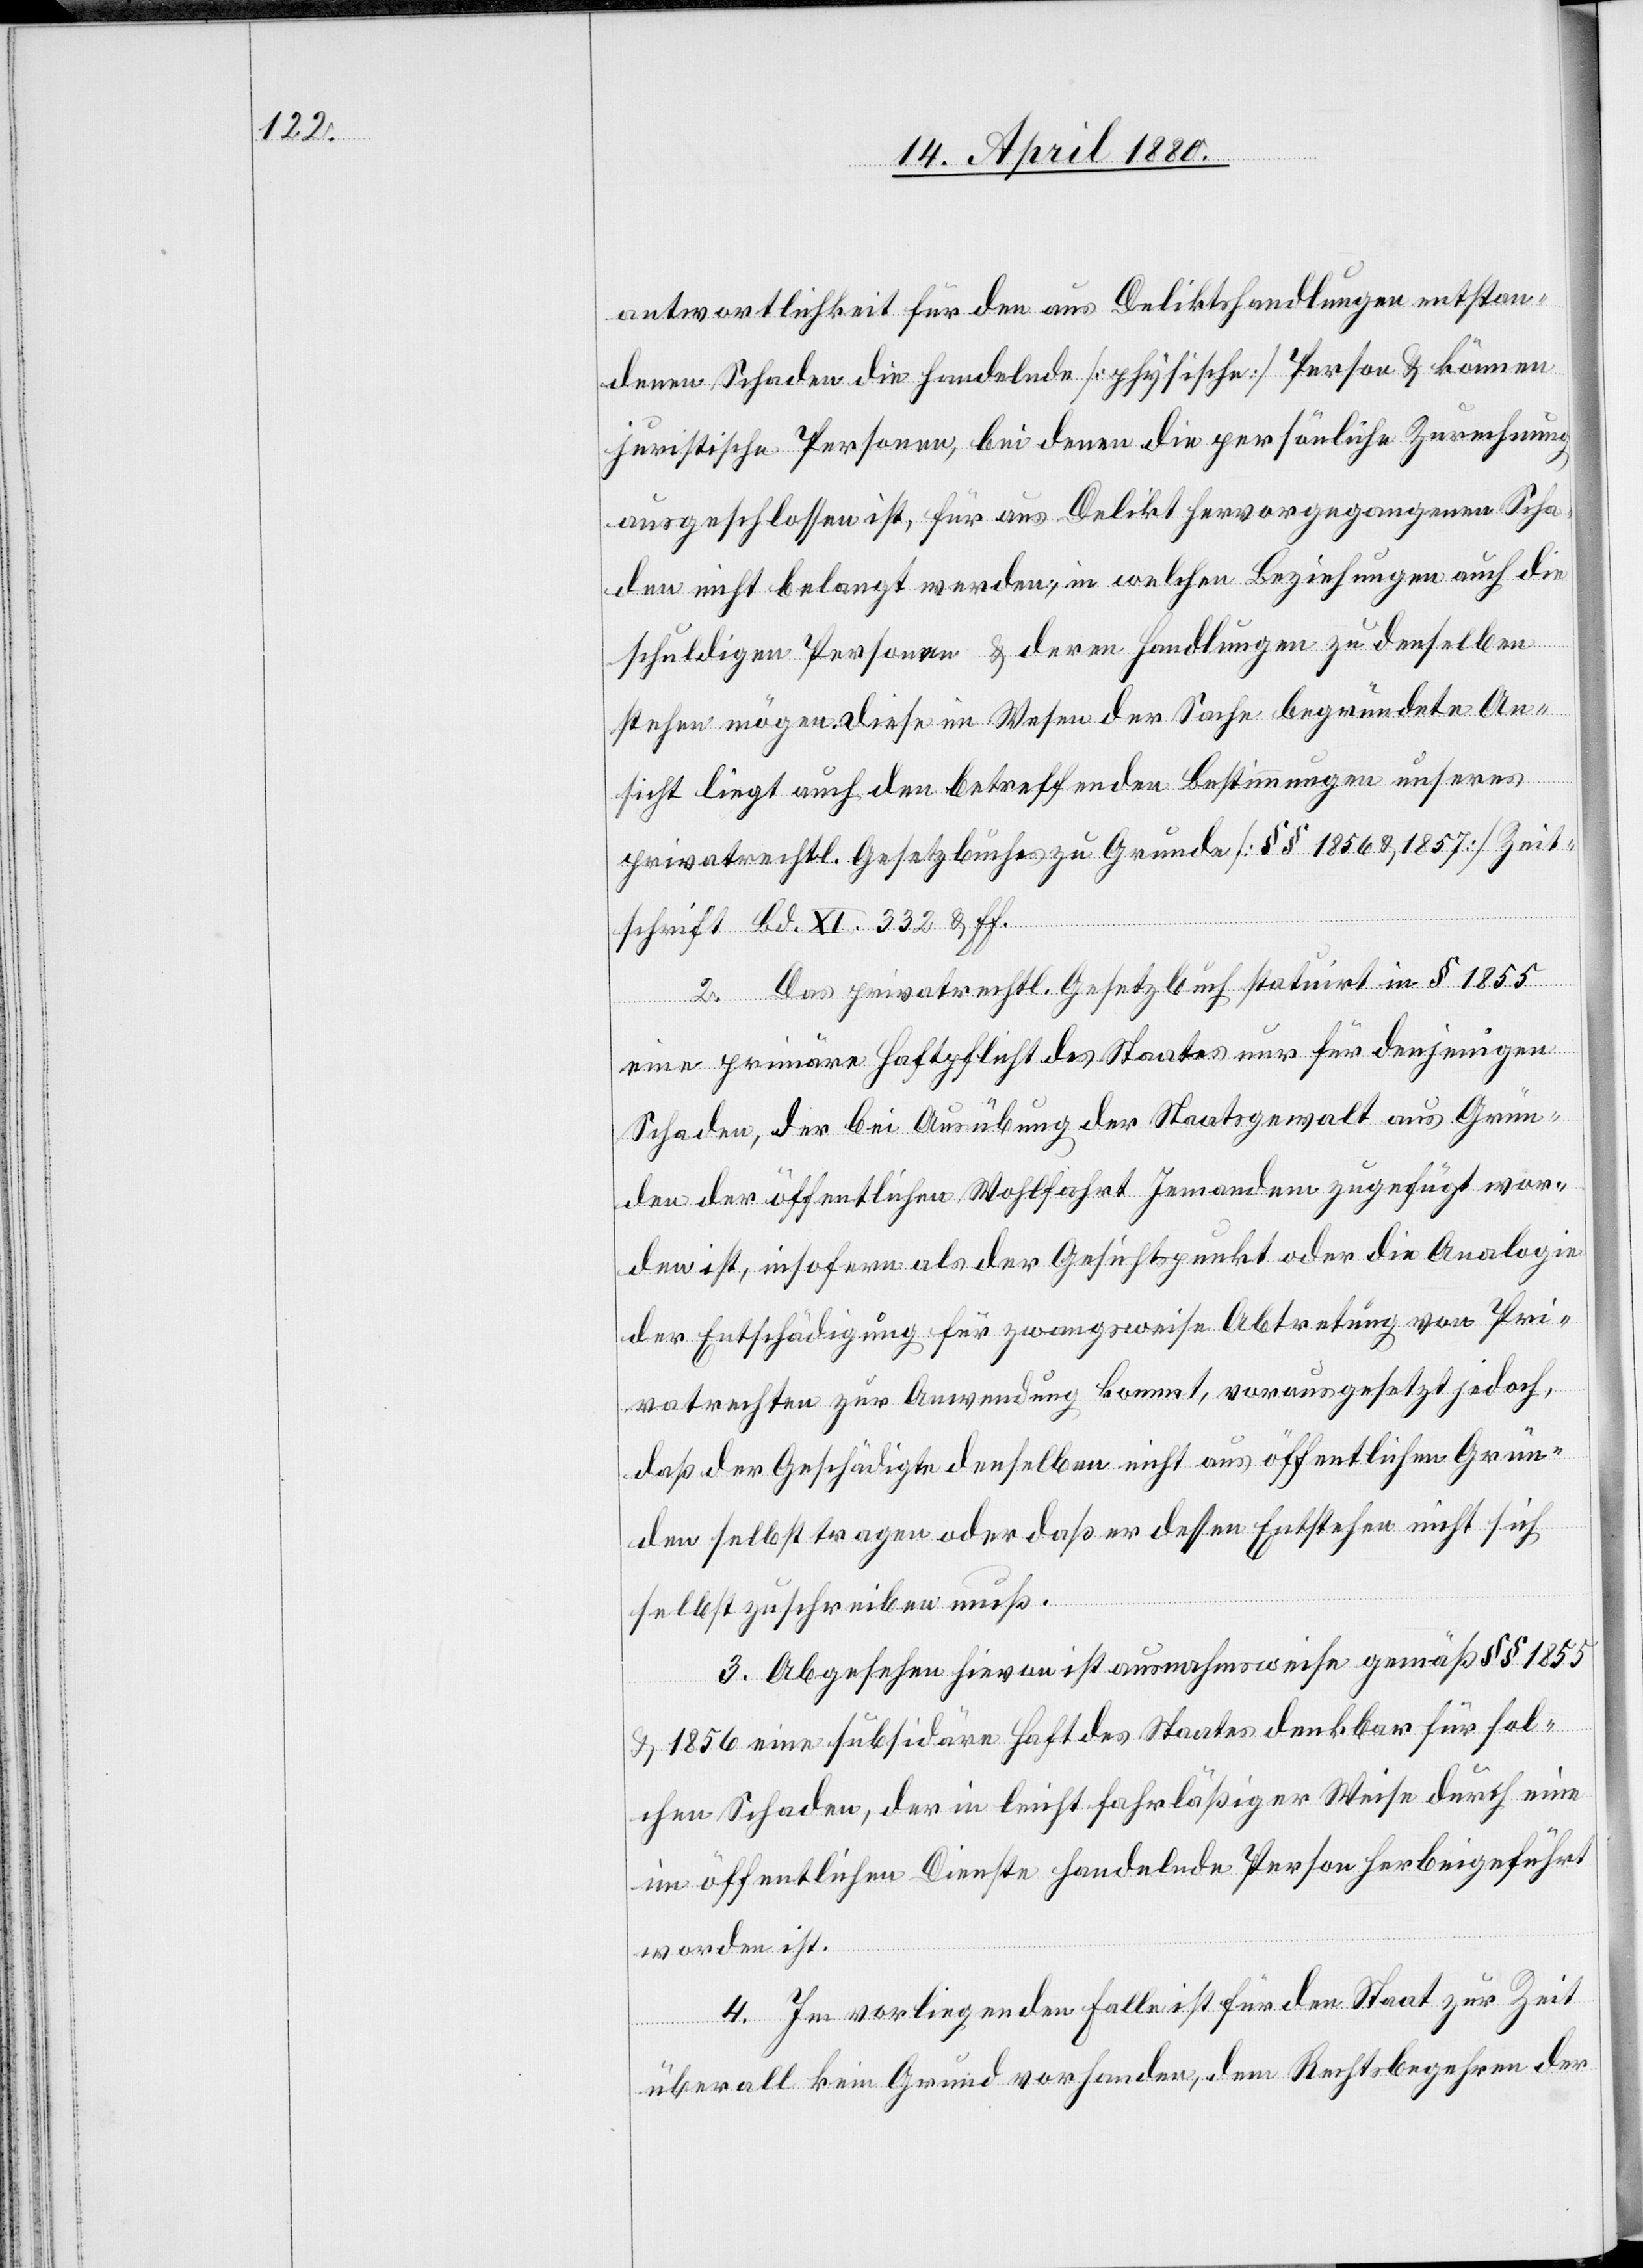
antwortlichkeit für den aus Delikthandlungen entstan¬
denen Schaden die Handelnde [physische] Person & können
juristische Personen, bei denen die persönliche Zurechnung
ausgeschlossen ist, für aus Delikt hervorgegangenen Scha¬
den nicht belangt werden, in welche Beziehungen auch die
schuldigen Personen & deren Handlungen zu denselben
stehen mögen. Diese im Wesen der Sache begründete An¬
sicht liegt auch den betreffenden Bestimmungen unseres
privatrechtl. Gesetzbuches zu Grunde [§§ 1856 & 1857 Zeit¬
schrift Bd. XI. 332 & ff.]
2. Das privatrechtl. Gesetzbuch statuirt in § 1855
eine primäre Haftpflicht des Staates nur für denjenigen
Schaden, der bei Ausübung der Staatsgewalt aus Grün¬
den der öffentlichen Wohlfahrt Jemandem zugefügt wor¬
den ist, insofern als der Gesichtspunkt oder die Analogie
der Entschädigung für zwangsweise Abtretung von Pri¬
vatrechten zur Anwendung kommt, vorausgesetzt jedoch,
daß der Geschädigte denselben nicht aus öffentlichen Grün¬
den selbst tragen oder daß er dessen Entstehen nicht sich
selbst zuschreiben muß.
3. Abgesehen hievon ist ausnahmsweise gemäß §§ 1855
& 1856 eine subsidiäre Haft des Staates denkbar für sol¬
chen Schaden, der in leicht fahrläßiger Weise durch eine
im öffentlichen Dienste handelnde Person herbeigeführt
worden ist.
4. Im vorliegenden Falle ist für den Staat zur Zeit
überall kein Grund vorhanden, dem Rechtsbegehren der